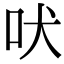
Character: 吠